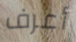
أعرف